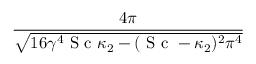
\frac { 4 \pi } { \sqrt { 1 6 \gamma ^ { 4 } \mathrm { ~ S ~ c ~ } \kappa _ { 2 } - ( \mathrm { ~ S ~ c ~ } - \kappa _ { 2 } ) ^ { 2 } \pi ^ { 4 } } }